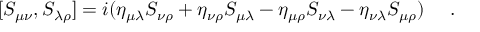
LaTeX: [ S _ { \mu \nu } , S _ { \lambda \rho } ] = i ( \eta _ { \mu \lambda } S _ { \nu \rho } + \eta _ { \nu \rho } S _ { \mu \lambda } - \eta _ { \mu \rho } S _ { \nu \lambda } - \eta _ { \nu \lambda } S _ { \mu \rho } ) ~ ~ ~ ~ .